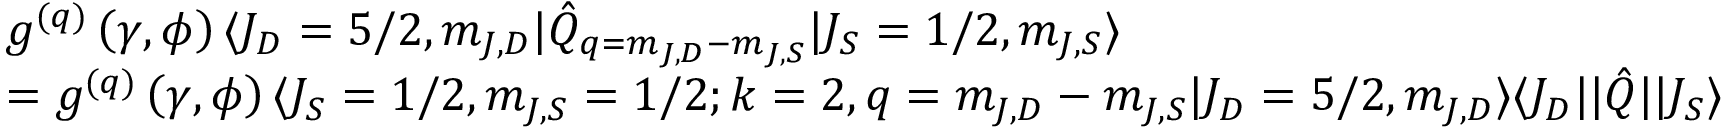
\begin{array} { r l } & { g ^ { ( q ) } \left( \gamma , \phi \right) \langle J _ { D } = 5 / 2 , m _ { J , D } \rvert \hat { Q } _ { q = m _ { J , D } - m _ { J , S } } \lvert J _ { S } = 1 / 2 , m _ { J , S } \rangle } \\ & { = g ^ { ( q ) } \left( \gamma , \phi \right) \langle J _ { S } = 1 / 2 , m _ { J , S } = 1 / 2 ; k = 2 , q = m _ { J , D } - m _ { J , S } \lvert J _ { D } = 5 / 2 , m _ { J , D } \rangle \langle J _ { D } \lvert \rvert \hat { Q } \rvert \lvert J _ { S } \rangle } \end{array}